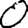
Digit: 0